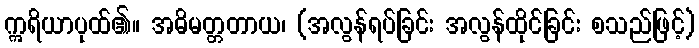
ဣရိယာပုထ်၏။ အဓိမတ္တတာယ၊ (အလွန်ရပ်ခြင်း အလွန်ထိုင်ခြင်း စသည်ဖြင့်)